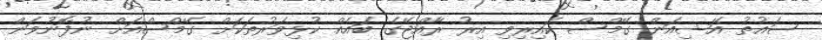
ސައުތު އޭޝިއަން ގޭމްސް ކައިރިވި އިރު ރާއްޖޭގެ ބައެއް ކުޅިވަރުތަކަށް ގޭމްސްއަށް ނުފޮނުވަން